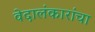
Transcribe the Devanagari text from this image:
वेदालंकारांचा